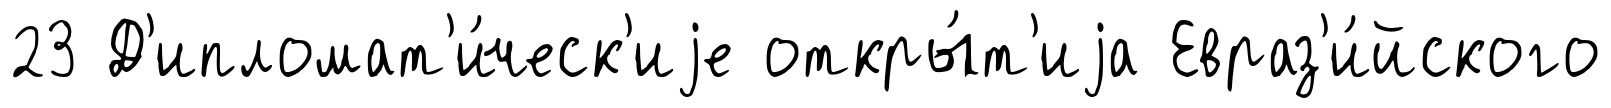
23 Д'ипломат'и́ческ'иjе откры́т'иjа Евраз'и́йского